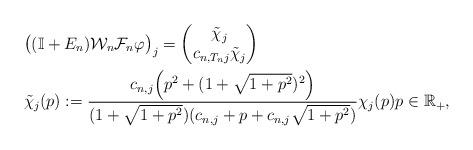
LaTeX: \begin{align*}&\big((\mathbb{I}+E_n)\mathcal{W}_n\mathcal{F}_n\varphi\big)_{j}=\begin{pmatrix}\tilde{\chi}_{j}\\c_{n,T_n j}\tilde{\chi}_{j}\end{pmatrix}\\&\tilde{\chi}_{j}(p):=\frac{c_{n,j}\Big(p^2+(1+\sqrt{1+p^2})^2\Big)}{(1+\sqrt{1+p^2})(c_{n,j}+p+c_{n,j}\sqrt{1+p^2})}\chi_{j}(p)p\in \mathbb{R}_{+},\end{align*}